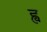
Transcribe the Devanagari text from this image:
ह्व